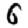
Digit: 6